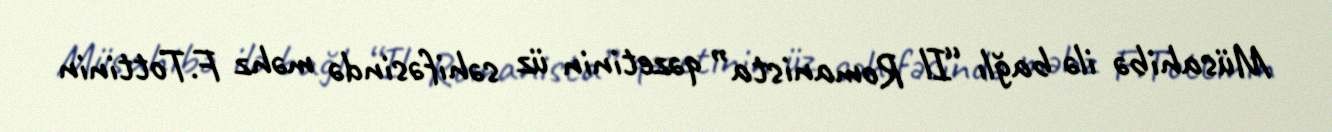
Müsahibə ilə bağlı “Il Romanista” qəzetinin üz səhifəsində məhz F.Tottinin